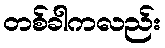
တစ်ခါကလည်း